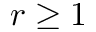
r \geq 1